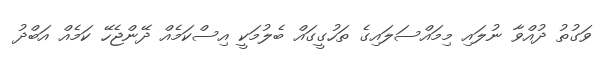
ވަގުތު ދުއްވާ ނުލައި މިމައްސަލައިގެ ތަހުގީގައް ބެލުމަކީ އިސްކަމެއް ދޭންޖެހޭ ކަމެއް އަބްދު